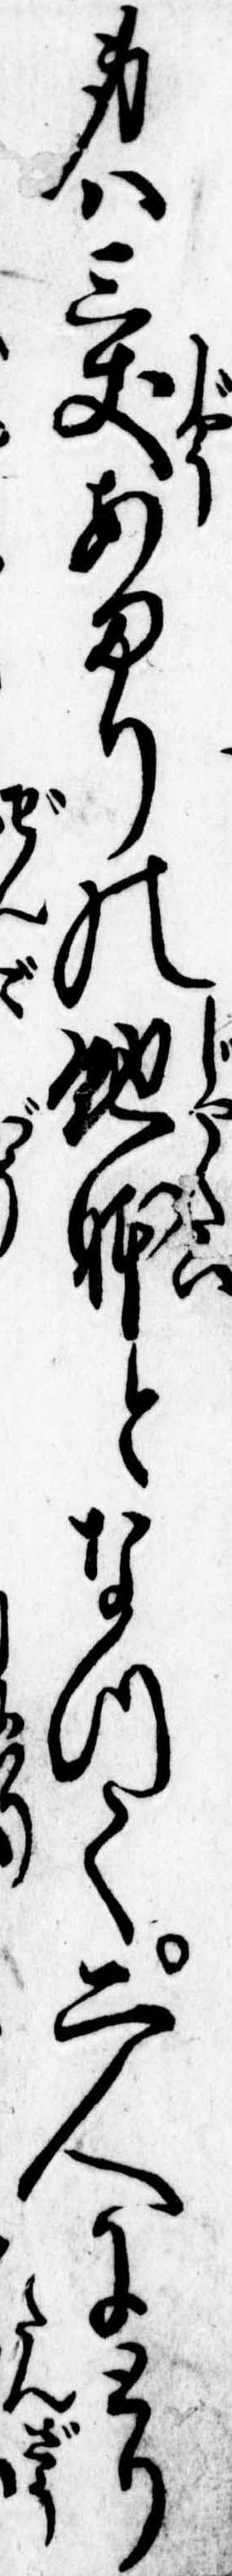
身は三𠀋あまりの蛇体となつて二人にとり